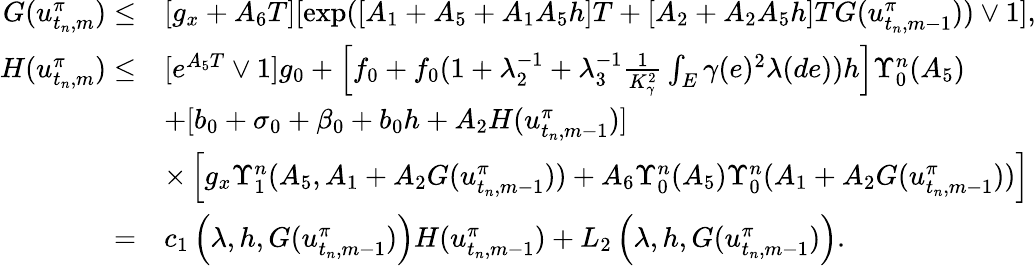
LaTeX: \begin{array}{rl}{G(u_{t_{n},m}^{\pi})\leq}&{[g_{x}+A_{6}T][\exp([A_{1}+A_{5}+A_{1}A_{5}h]T+[A_{2}+A_{2}A_{5}h]TG(u_{t_{n},m-1}^{\pi}))\vee 1],}\\ {H(u_{t_{n},m}^{\pi})\leq}&{[e^{A_{5}T}\vee 1]g_{0}+\left[f_{0}+f_{0}(1+\lambda_{2}^{-1}+\lambda_{3}^{-1}\frac{1}{K_{\gamma}^{2}}\int_{E}\gamma(e)^{2}\lambda(de))h\right]\Upsilon_{0}^{n}(A_{5})}\\ &{+[b_{0}+\sigma_{0}+\beta_{0}+b_{0}h+A_{2}H(u_{t_{n},m-1}^{\pi})]}\\ &{\times\left[g_{x}\Upsilon_{1}^{n}(A_{5},A_{1}+A_{2}G(u_{t_{n},m-1}^{\pi}))+A_{6}\Upsilon_{0}^{n}(A_{5})\Upsilon_{0}^{n}(A_{1}+A_{2}G(u_{t_{n},m-1}^{\pi}))\right]}\\ {=}&{c_{1}\left(\lambda,h,G(u_{t_{n},m-1}^{\pi})\right)H(u_{t_{n},m-1}^{\pi})+L_{2}\left(\lambda,h,G(u_{t_{n},m-1}^{\pi})\right).}\end{array}